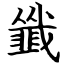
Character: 韱